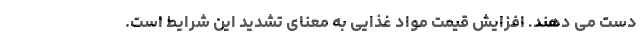
دست می دهند. افزایش قیمت مواد غذایی به معنای تشدید این شرایط است.